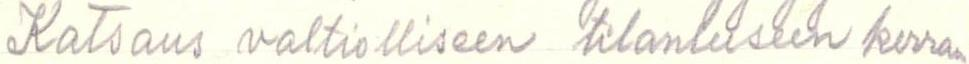
Katsaus valtiolliseen tilanteeseen kerran